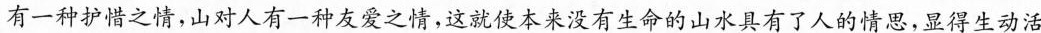
有一种护惜之情，山对人有一种友爱之情，这就使本来没有生命的山水具有了人的情思，显得生动活